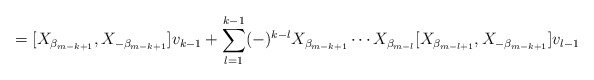
\begin{align*} = [ X_{ \beta _{m-k+1} } , X_{- \beta _{m-k+1} } ] v_{k-1} + \sum_{l=1}^{k-1} (-)^{k-l} X_{ \beta _{m-k+1} } \cdots X_{ \beta _{m-l} } [ X_{ \beta _{m-l+1} } , X_{- \beta _{m-k+1} } ] v_{l-1} \end{align*}